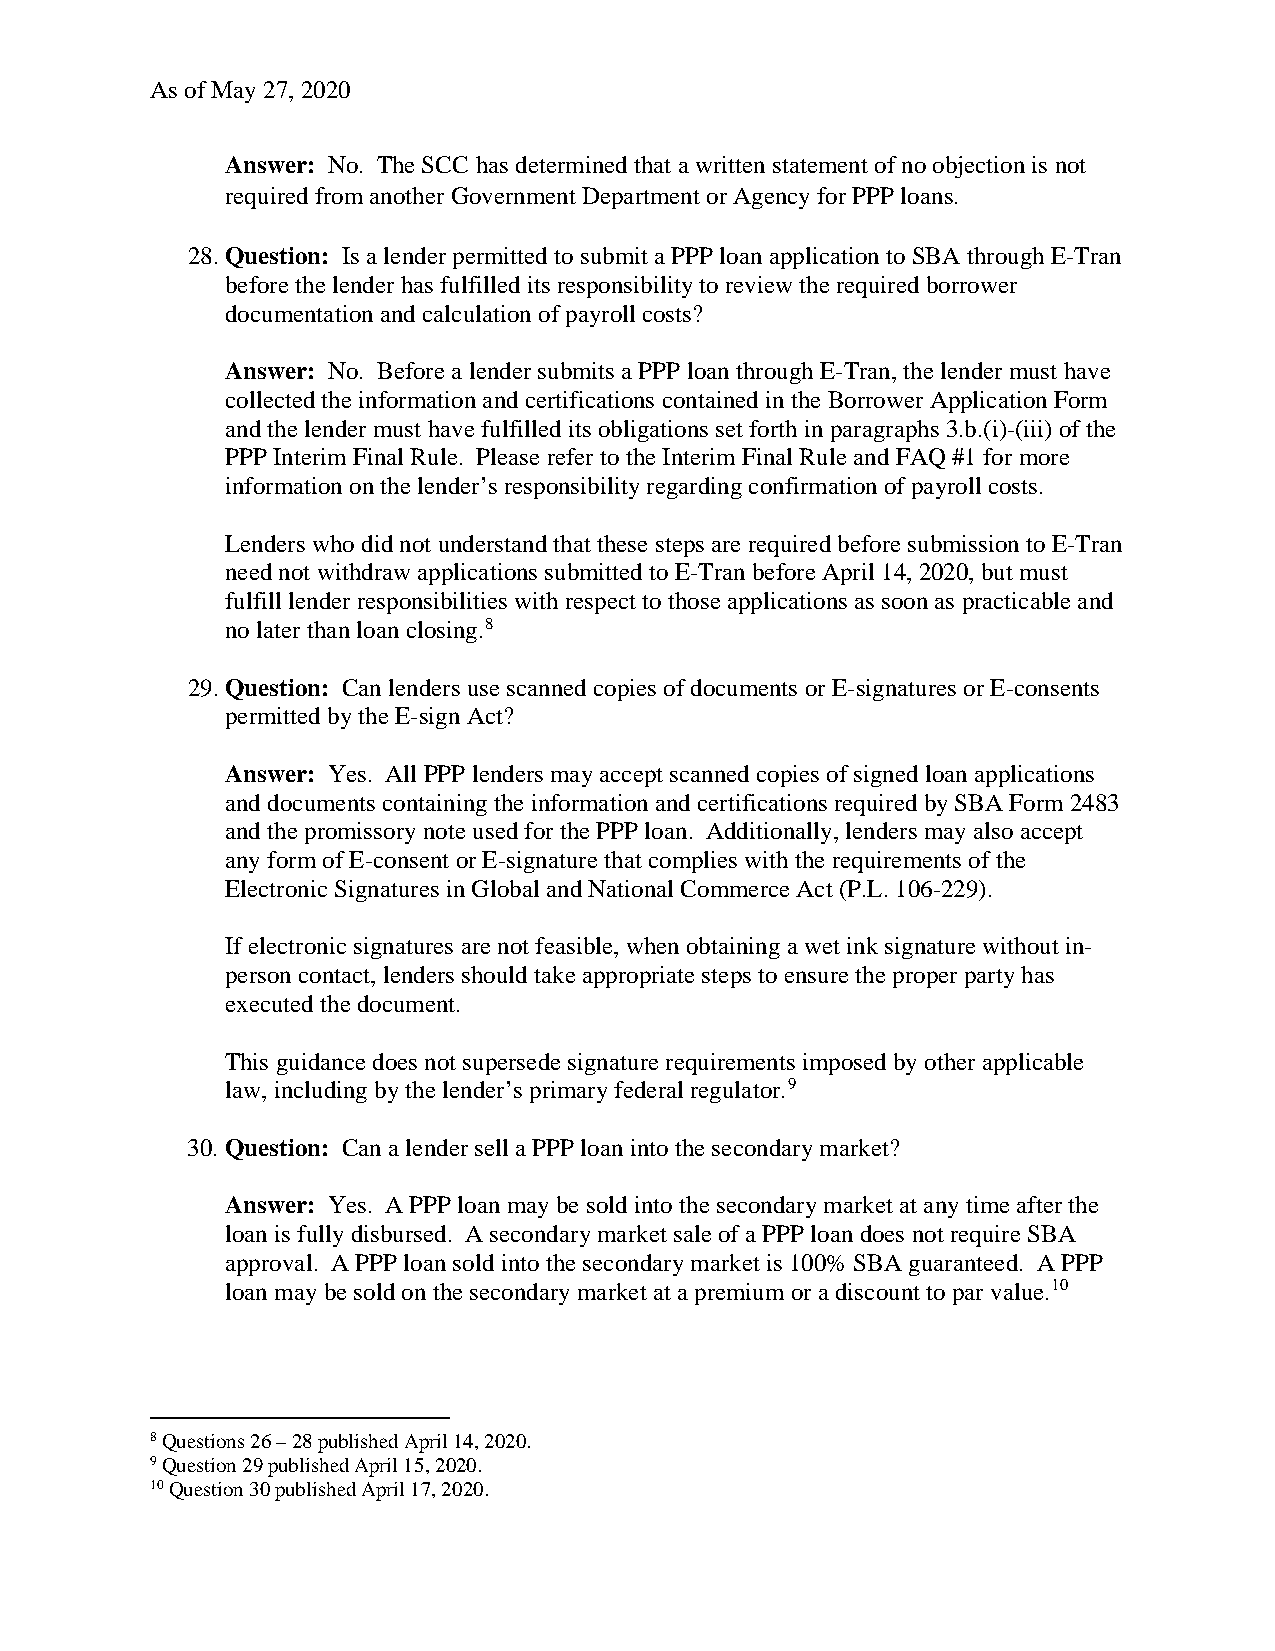
As of May 27, 2020
 Answer: No. The SCC has determined that a written statement of no objection is not
 required from another Government Department or Agency for PPP loans.
 28. Question: Is a lender permitted to submit a PPP loan application to SBA through E-Tran
 before the lender has fulfilled its responsibility to review the required borrower
 documentation and calculation of payroll costs?
 Answer: No. Before a lender submits a PPP loan through E-Tran, the lender must have
 collected the information and certifications contained in the Borrower Application Form
 and the lender must have fulfilled its obligations set forth in paragraphs 3.b.(i)-(iii) of the
 PPP Interim Final Rule. Please refer to the Interim Final Rule and FAQ #1 for more
 information on the lender’s responsibility regarding confirmation of payroll costs.
 Lenders who did not understand that these steps are required before submission to E-Tran
 need not withdraw applications submitted to E-Tran before April 14, 2020, but must
 fulfill lender responsibilities with respect to those applications as soon as practicable and
 no later than loan closing.8
 29. Question: Can lenders use scanned copies of documents or E-signatures or E-consents
 permitted by the E-sign Act?
 Answer: Yes. All PPP lenders may accept scanned copies of signed loan applications
 and documents containing the information and certifications required by SBA Form 2483
 and the promissory note used for the PPP loan. Additionally, lenders may also accept
 any form of E-consent or E-signature that complies with the requirements of the
 Electronic Signatures in Global and National Commerce Act (P.L. 106-229).
 If electronic signatures are not feasible, when obtaining a wet ink signature without in-
 person contact, lenders should take appropriate steps to ensure the proper party has
 executed the document.
 This guidance does not supersede signature requirements imposed by other applicable
 law, including by the lender’s primary federal regulator.9
 30. Question: Can a lender sell a PPP loan into the secondary market?
 Answer: Yes. A PPP loan may be sold into the secondary market at any time after the
 loan is fully disbursed. A secondary market sale of a PPP loan does not require SBA
 approval. A PPP loan sold into the secondary market is 100% SBA guaranteed. A PPP
 loan may be sold on the secondary market at a premium or a discount to par value.10
 8 Questions 26 – 28 published April 14, 2020.
 9 Question 29 published April 15, 2020.
 10 Question 30 published April 17, 2020.